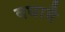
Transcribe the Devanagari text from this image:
बधावै